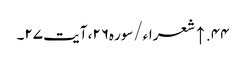
۴۴. ↑ شعراء/سوره۲۶، آیت ۲۷۔